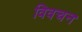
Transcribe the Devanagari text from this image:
विवचन